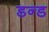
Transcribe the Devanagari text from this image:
डन्ड